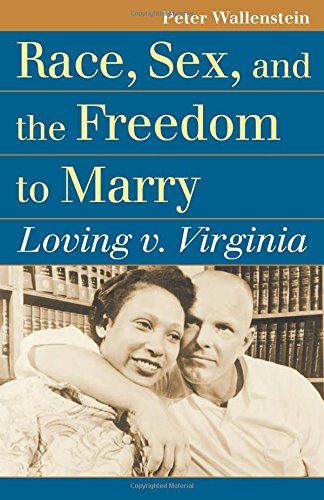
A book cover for Race, Sex, and the Freedom to Marry: Loving v. Virginia (Landmark Law Cases & American Society); Peter Wallenstein; Law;